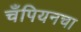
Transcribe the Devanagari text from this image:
चँपियनचा